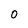
Character: 0